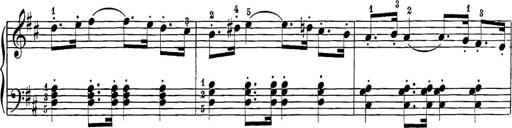
Title: 12 Sonatine per Pianoforte
Composer: Friedrich Kuhlau